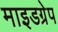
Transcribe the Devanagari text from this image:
माइडग्रेप